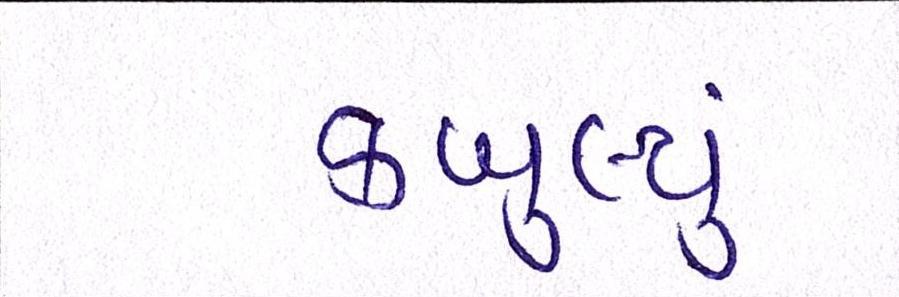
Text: કબુલ્યું